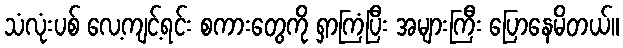
သံလုံးပစ် လေ့ကျင့်ရင်း စကားတွေကို ရှာကြံပြီး အများကြီး ပြောနေမိတယ်။